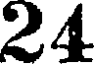
24